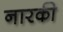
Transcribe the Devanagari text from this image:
नारकी